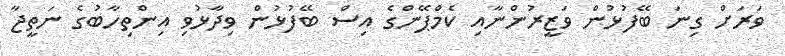
ވަރަށް ގިނަ ބޭފުޅުން ވަޒީރުންނާއި ކެމްޕޭންގެ އިސް ބޭފުޅުން ވިދާޅުވި އިންތިހާބުގެ ނަތީޖާ